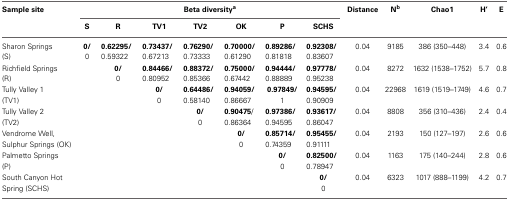
<table><thead><tr><td><b>Sample site</b></td><td colspan="7"><b>Beta diversity<sup>a</sup></b></td><td><b>Distance</b></td><td><b>N<sup>b</sup></b></td><td><b>Chao1</b></td><td><b>H&#x27;</b></td><td><b>E</b></td></tr><tr><td></td><td><b>S</b></td><td><b>R</b></td><td><b>TV1</b></td><td><b>TV2</b></td><td><b>OK</b></td><td><b>P</b></td><td><b>SCHS</b></td><td></td><td></td><td></td><td></td><td></td></tr></thead><tbody><tr><td>Sharon Springs (S)</td><td><b>0/</b>0</td><td><b>0.62295/</b>0.59322</td><td><b>0.73437/</b>0.67213</td><td><b>0.76290/</b>0.73333</td><td><b>0.70000/</b>0.61290</td><td><b>0.89286/</b>0.81818</td><td><b>0.92308/</b>0.83607</td><td>0.04</td><td>9185</td><td>386 (350–448)</td><td>3.4</td><td>0.6</td></tr><tr><td>Richfield Springs (R)</td><td></td><td><b>0/</b>0</td><td><b>0.84466/</b>0.80952</td><td><b>0.88372/</b>0.85366</td><td><b>0.75000/</b>0.67442</td><td><b>0.94444/</b>0.88889</td><td><b>0.97778/</b>0.95238</td><td>0.04</td><td>8272</td><td>1632 (1538–1752)</td><td>5.7</td><td>0.8</td></tr><tr><td>Tully Valley 1 (TV1)</td><td></td><td></td><td><b>0/</b>0</td><td><b>0.64486/</b>0.58140</td><td><b>0.94059/</b>0.86667</td><td><b>0.97849/</b>1</td><td><b>0.94595/</b>0.90909</td><td>0.04</td><td>22968</td><td>1619 (1519–1749)</td><td>4.6</td><td>0.7</td></tr><tr><td>Tully Valley 2 (TV2)</td><td></td><td></td><td></td><td><b>0/</b>0</td><td><b>0.90475</b>/0.86364</td><td><b>0.97386/</b>0.94595</td><td><b>0.93617/</b>0.86047</td><td>0.04</td><td>8808</td><td>356 (310–436)</td><td>2.4</td><td>0.4</td></tr><tr><td>Vendrome Well, Sulphur Springs (OK)</td><td></td><td></td><td></td><td></td><td><b>0/</b>0</td><td><b>0.85714/</b>0.74359</td><td><b>0.95455/</b>0.91111</td><td>0.04</td><td>2193</td><td>150 (127–197)</td><td>2.6</td><td>0.6</td></tr><tr><td>Palmetto Springs (P)</td><td></td><td></td><td></td><td></td><td></td><td><b>0/</b>0</td><td><b>0.82500/</b>0.78947</td><td>0.04</td><td>1163</td><td>175 (140–244)</td><td>2.8</td><td>0.6</td></tr><tr><td>South Canyon Hot Spring (SCHS)</td><td></td><td></td><td></td><td></td><td></td><td></td><td><b>0/</b>0</td><td>0.04</td><td>6323</td><td>1017 (888–1199)</td><td>4.2</td><td>0.7</td></tr></tbody></table>